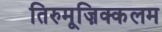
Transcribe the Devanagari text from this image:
तिरुमूज़िक्कलम